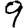
Digit: 9